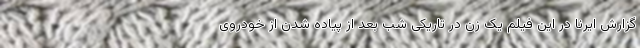
گزارش ایرنا در این فیلم یک زن در تاریکی شب بعد از پیاده شدن از خودروی